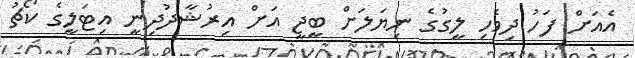
އެއަށް ފަހު ދިވެހި ލީގުގެ ނިޔަލަށް ބީޖީ އަށް އިރުޝާދުދިނީ އިޓަލީގެ ކޯޗު